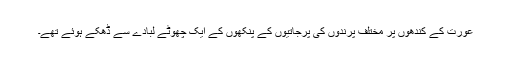
عورت کے کندھوں پر مختلف پرندوں کی پرجاتیوں کے پنکھوں کے ایک چھوٹے لبادے سے ڈھکے ہوئے تھے۔